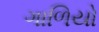
ગાળિયો